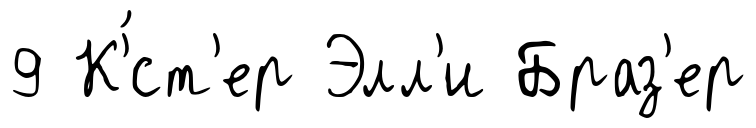
9 К'́ст'ер Элл'и Браз'ер